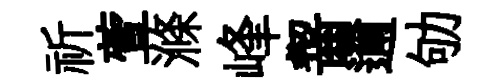
祈萱滌峰齧邇劬